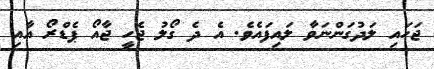
ޖަހައި ލަދުގަންނަވާ ލައިފައެވެ. އެ ދެ ގޯލު ޖެހީ ޖާއޯ ޕެޑްރޯ އާއި